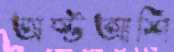
অষ্টআশি